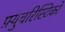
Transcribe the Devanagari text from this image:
फ़्युचरिस्टिको